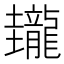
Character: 𪚝